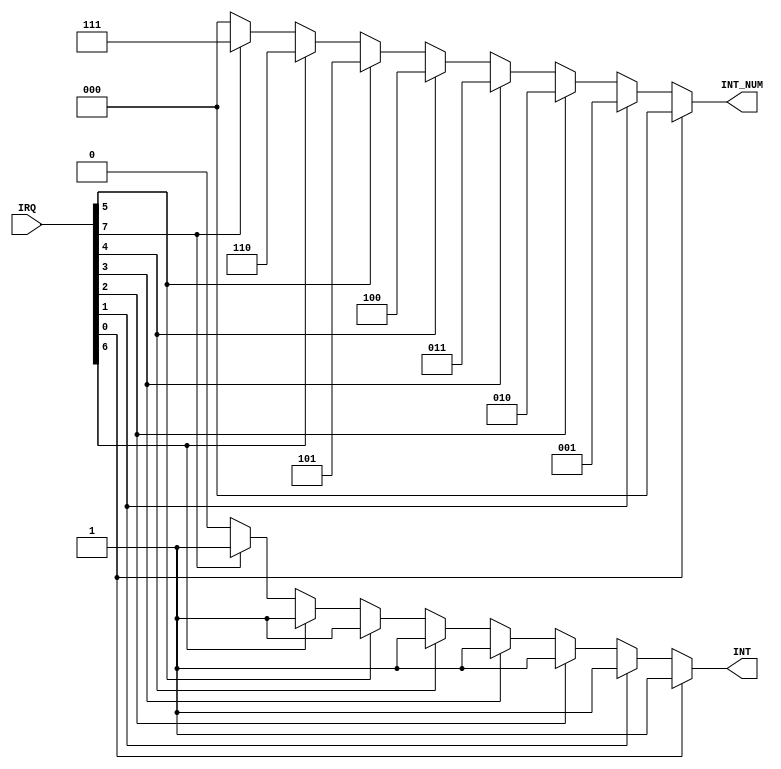
/*********************************************************
 *
 *  Module: PIC.v
 *  Project: Hunter_RV32
 *  Description: Priority Encoder for external interrupts 
 *
 *********************************************************/

`timescale 1ns/1ns

module PIC (IRQ, INT, INT_NUM);

input [7:0] IRQ;
output reg [0:0] INT;
output reg [2:0] INT_NUM;

always @ (*) begin 

    if (IRQ[0] == 1'b1) begin
        INT = 1'b1;
        INT_NUM = 3'd0;
    end
    else if (IRQ[1] == 1'b1) begin
        INT = 1'b1;
        INT_NUM = 3'd1;
    end
    else if (IRQ[2] == 1'b1) begin
        INT = 1'b1;
        INT_NUM = 3'd2;
    end
    else if (IRQ[3] == 1'b1) begin
        INT = 1'b1;
        INT_NUM = 3'd3;
    end
    else if (IRQ[4] == 1'b1) begin
        INT = 1'b1;
        INT_NUM = 3'd4;
    end
    else if (IRQ[5] == 1'b1) begin
        INT = 1'b1;
        INT_NUM = 3'd5;
    end
    else if (IRQ[6] == 1'b1) begin
        INT = 1'b1;
        INT_NUM = 3'd6;
    end
    else if (IRQ[7] == 1'b1) begin
        INT = 1'b1;
        INT_NUM = 3'd7;
    end
    else begin
        INT = 1'b0;
        INT_NUM = 3'b000; //if there is no interrupt INT_NUM is a dont care.
    end

end

endmodule